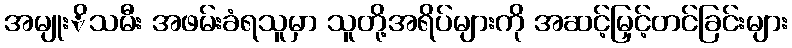
အမျုးိသမီး အဖမ်းခံရသူမှာ သူတို့အရိပ်များကို အဆင့်မြှင့်တင်ခြင်းများ